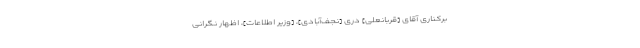
بركنارى آقاى [قربانعلی] درى [نجف‌آبادی]، [وزیر اطلاعات]، اظهار نگرانى